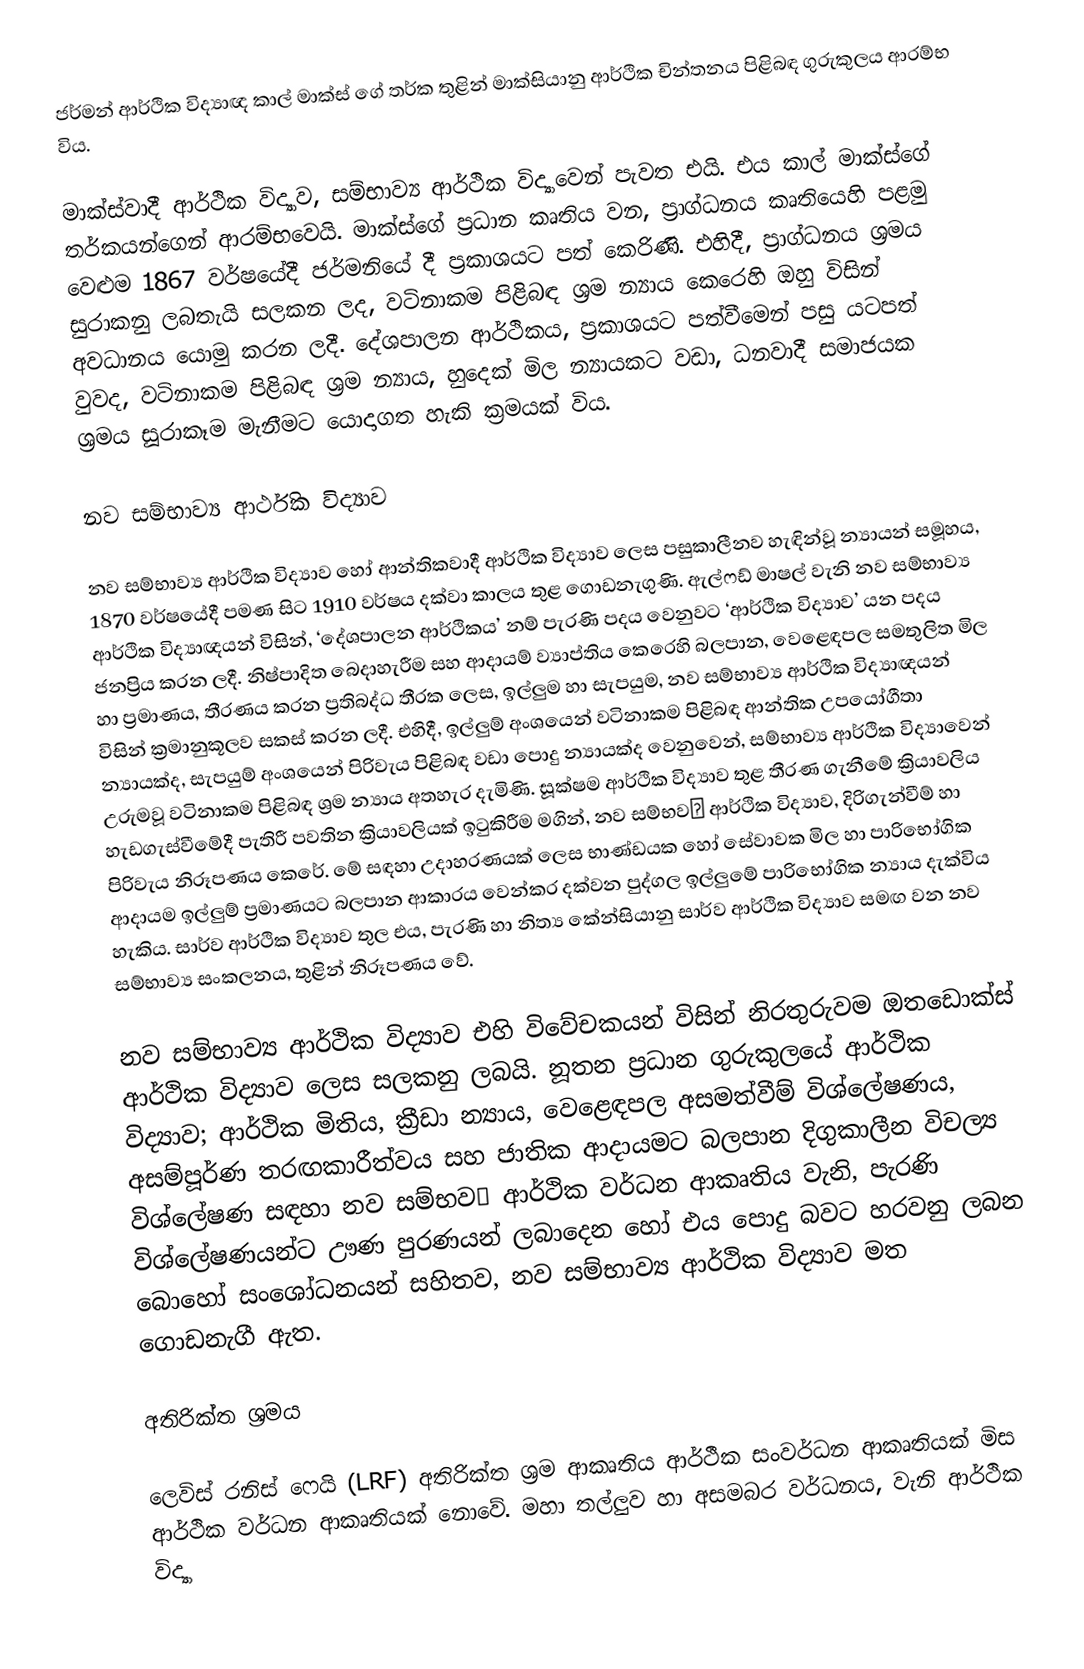
ජර්මන් ආර්ථික විද්‍යාඥ කාල් මාක්ස් ගේ තර්ක තුළින් මාක්සියානු ආර්ථික චින්තනය පිළිබඳ ගුරුකුලය ආරම්භ විය.

මාක්ස්වාදී ආර්ථික විද්‍යාව, සම්භාව්‍ය ආර්ථික විද්‍යාවෙන් පැවත එයි. එය කාල් මාක්ස්ගේ තර්කයන්ගෙන් ආරම්භවෙයි. මාක්ස්ගේ ප්‍රධාන කෘතිය වන, ප්‍රාග්ධනය කෘතියෙහි පළමු වෙළුම 1867 වර්ෂයේදී ජර්මනියේ දී ප්‍රකාශයට පත් කෙරිණි. එහිදී, ප්‍රාග්ධනය ශ්‍රමය සුරාකනු ලබතැයි සලකන ලද, වටිනාකම පිළිබඳ ශ්‍රම න්‍යාය කෙරෙහි ඔහු විසින් අවධානය යොමු කරන ලදී. දේශපාලන ආර්ථිකය, ප්‍රකාශයට පත්වීමෙන් පසු යටපත් වුවද, වටිනාකම පිළිබඳ ශ්‍රම න්‍යාය, හුදෙක් මිල න්‍යායකට වඩා, ධනවාදී සමාජයක ශ්‍රමය සූරාකෑම මැනීමට යොදාගත හැකි ක්‍රමයක් විය.

නව සම්භාව්‍ය ආර්ථික විද්‍යාව

නව සම්භාව්‍ය ආර්ථික විද්‍යාව හෝ ආන්තිකවාදී ආර්ථික විද්‍යාව ලෙස පසුකාලීනව හැඳින්වූ න්‍යායන් සමූහය, 1870 වර්ෂයේදී පමණ සිට 1910 වර්ෂය දක්වා කාලය තුළ ගොඩනැගුණි. ඇල්ෆඩ් මාෂල් වැනි නව සම්භාව්‍ය ආර්ථික විද්‍යාඥයන් විසින්, ‘දේශපාලන ආර්ථිකය’ නම් පැරණි පදය වෙනුවට ‘ආර්ථික විද්‍යාව’ යන පදය ජනප්‍රිය කරන ලදී. නිෂ්පාදිත බෙදාහැරීම සහ ආදායම් ව්‍යාප්තිය කෙරෙහි බලපාන, වෙළෙඳපල සමතුලිත මිල හා ප්‍රමාණය, තීරණය කරන ප්‍රතිබද්ධ තීරක ලෙස, ඉල්ලුම හා සැපයුම, නව සම්භාව්‍ය ආර්ථික විද්‍යාඥයන් විසින් ක්‍රමානුකූලව සකස් කරන ලදී. එහිදී, ඉල්ලුම් අංශයෙන් වටිනාකම පිළිබඳ ආන්තික උපයෝගීතා න්‍යායක්ද, සැපයුම් අංශයෙන් පිරිවැය පිළිබඳ වඩා පොදු න්‍යායක්ද වෙනුවෙන්, සම්භාව්‍ය ආර්ථික විද්‍යාවෙන් උරුමවූ වටිනාකම පිළිබඳ ශ්‍රම න්‍යාය අතහැර දැමිණි. සූක්ෂම ආර්ථික විද්‍යාව තුළ තීරණ ගැනීමේ ක්‍රියාවලිය හැඩගැස්වීමේදී පැතිරී පවතින ක්‍රියාවලියක් ඉටුකිරීම මගින්, නව සම්භව ආර්ථික විද්‍යාව, දිරිගැන්වීම් හා පිරිවැය නිරූපණය කෙරේ. මේ සඳහා උදාහරණයක් ලෙස භාණ්ඩයක හෝ සේවාවක මිල හා පාරිභෝගික ආදායම ඉල්ලුම් ප්‍රමාණයට බලපාන ආකාරය වෙන්කර දක්වන පුද්ගල ඉල්ලුමේ පාරිභෝගික න්‍යාය දැක්විය හැකිය. සාර්ව ආර්ථික විද්‍යාව තුල එය, පැරණි හා නිත්‍ය කේන්සියානු සාර්ව ආර්ථික විද්‍යාව සමඟ වන නව සම්භාව්‍ය සංකලනය, තුළින් නිරූපණය වේ.

නව සම්භාව්‍ය ආර්ථික විද්‍යාව එහි විවේචකයන් විසින් නිරතුරුවම ඔතඩොක්ස් ආර්ථික විද්‍යාව ලෙස සලකනු ලබයි. නූතන ප්‍රධාන ගුරුකුලයේ ආර්ථික විද්‍යාව; ආර්ථික මිතිය, ක්‍රීඩා න්‍යාය, වෙළෙඳපල අසමත්වීම් විශ්ලේෂණය, අසම්පූර්ණ තරඟකාරීත්වය සහ ජාතික ආදායමට බලපාන දිගුකාලීන විචල්‍ය විශ්ලේෂණ සඳහා නව සම්භව ආර්ථික වර්ධන ආකෘතිය වැනි, පැරණි විශ්ලේෂණයන්ට ඌණ පුරණයන් ලබාදෙන හෝ එය පොදු බවට හරවනු ලබන බොහෝ සංශෝධනයන් සහිතව, නව සම්භාව්‍ය ආර්ථික විද්‍යාව මත ගොඩනැගී ඇත.

අතිරික්ත ශ්‍රමය

ලෙවිස් රනිස් ෆෙයි (LRF) අතිරික්ත ශ්‍රම ආකෘතිය ආර්ථීක සංවර්ධන ආකෘතියක් මිස ආර්ථික වර්ධන ආකෘතියක් නොවේ. මහා තල්ලුව හා අසමබර වර්ධනය, වැනි ආර්ථික විද්‍යා